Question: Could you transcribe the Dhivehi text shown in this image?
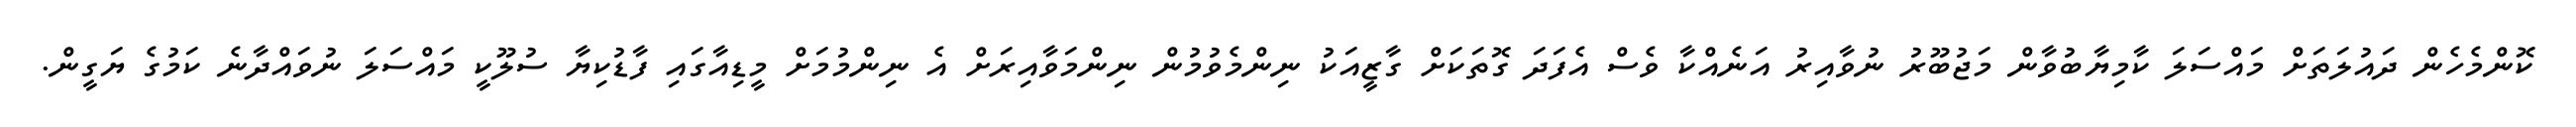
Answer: ކޮންމެހެން ދައުލަތަށް މައްސަލަ ކާމިޔާބުވާން މަޖުބޫރު ނުވާއިރު އަނެއްކާ ވެސް އެފަދަ ގޮތަކަށް ގާޒީއަކު ނިންމެވުމުން ނިންމަވާއިރަށް އެ ނިންމުމަށް މީޑިއާގައި ފާޑުކިޔާ ސުލޫކީ މައްސަލަ ނުވައްދާނެ ކަމުގެ ޔަގީން.